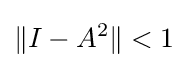
\|I-A^{2}\|<1